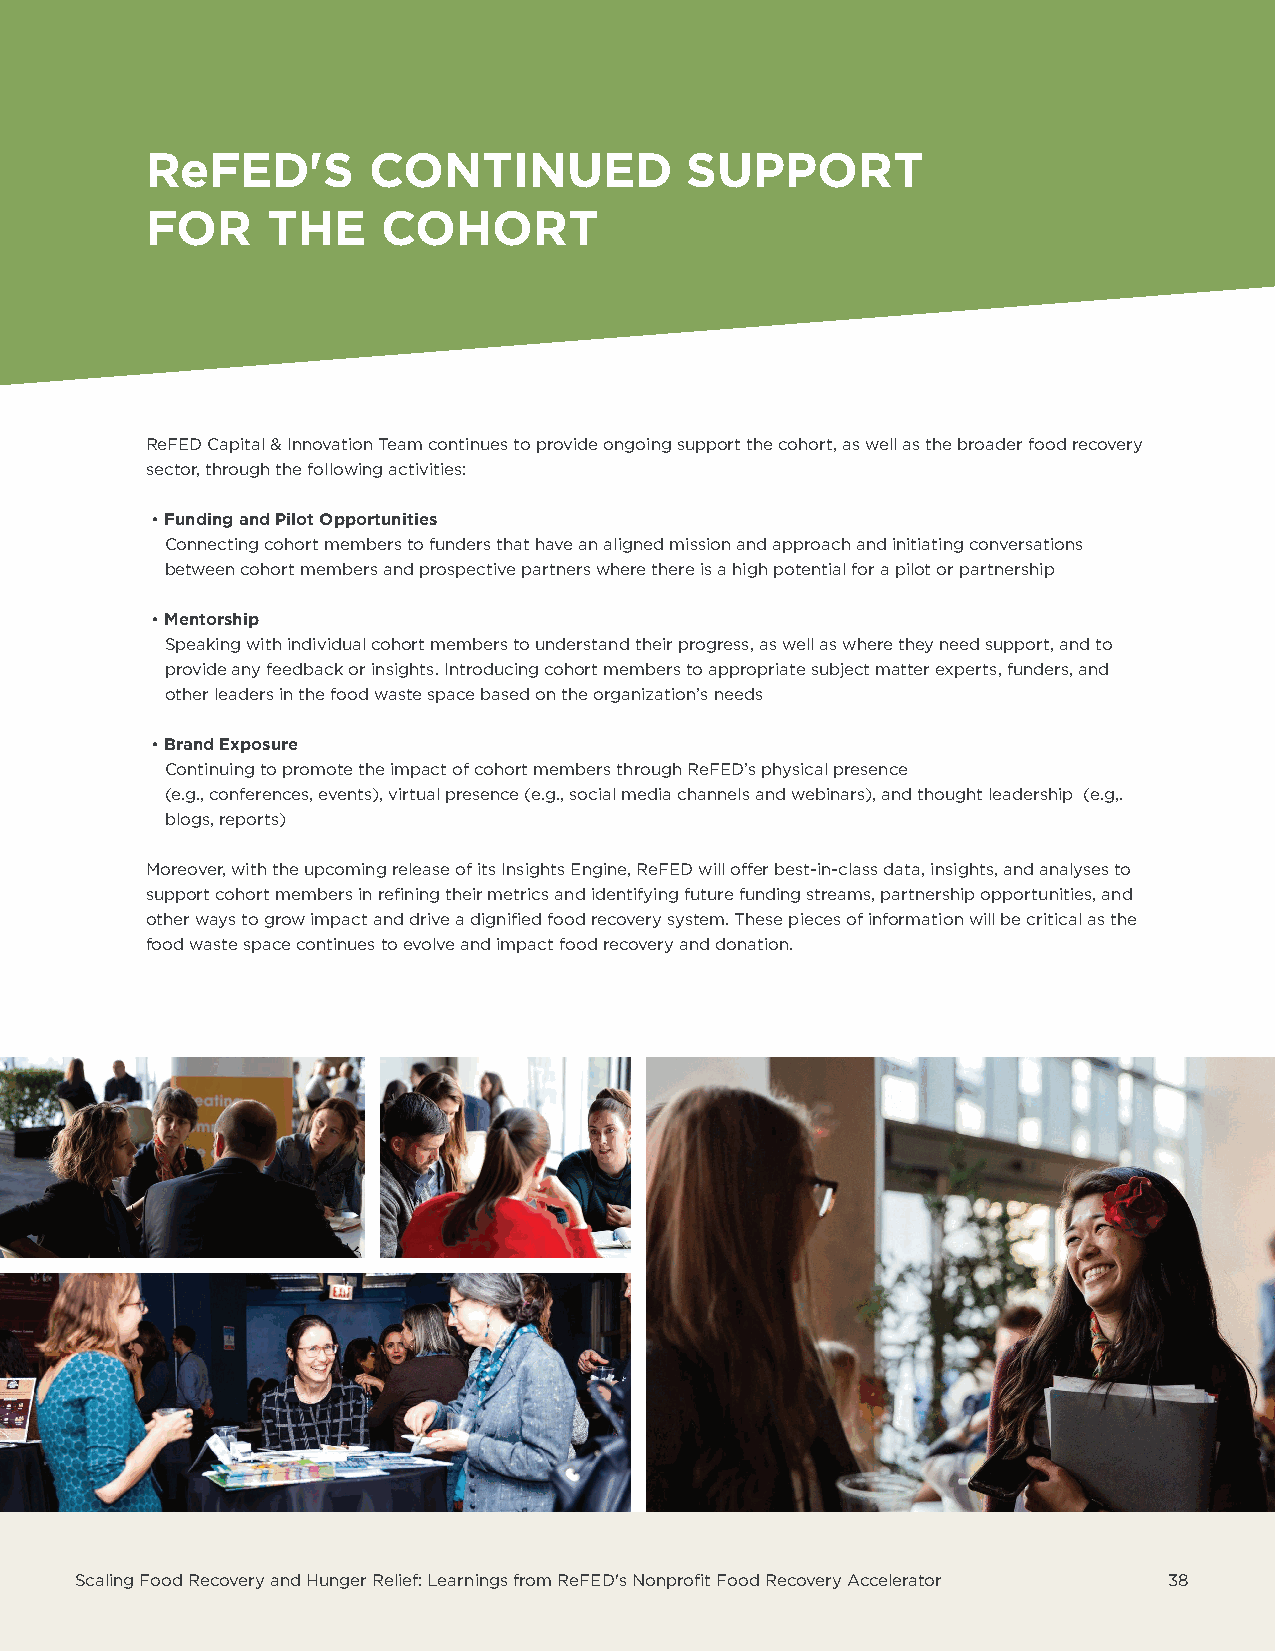
ReFED'S       CONTINUED            SUPPORT
 FOR     THE    COHORT
 ReFED Capital & Innovation Team continues to provide ongoing support the cohort, as well as the broader food recovery
 sector, through the following activities:
 • Funding and Pilot Opportunities
 Connecting cohort members to funders that have an aligned mission and approach and initiating conversations
 between cohort members and prospective partners where there is a high potential for a pilot or partnership
 • Mentorship
 Speaking with individual cohort members to understand their progress, as well as where they need support, and to
 provide any feedback or insights. Introducing cohort members to appropriate subject matter experts, funders, and
 other leaders in the food waste space based on the organization’s needs
 • Brand Exposure
 Continuing to promote the impact of cohort members through ReFED’s physical presence
 (e.g., conferences, events), virtual presence (e.g., social media channels and webinars), and thought leadership (e.g,.
 blogs, reports)
 Moreover, with the upcoming release of its Insights Engine, ReFED will offer best-in-class data, insights, and analyses to
 support cohort members in refining their metrics and identifying future funding streams, partnership opportunities, and
 other ways to grow impact and drive a dignified food recovery system. These pieces of information will be critical as the
 food waste space continues to evolve and impact food recovery and donation.
 Scaling Food Recovery and Hunger Relief: Learnings from ReFED's Nonprofit Food Recovery Accelerator 38